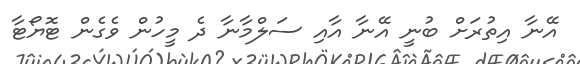
އޭނާ އިތުރަށް ބުނީ އޭނާ އާއި ސަލްމާނާ ދެ މީހުން ވެގެން ޓޮޔޯޓާ